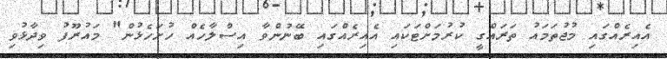
އެއިރެއްގައި މުޖުތަމައު ތަރައްގީ ކުރުމަށްޓަކައި އެއިރެއްގައި ބޭނުންވާ އިސްލާހެއް ހުށަހެޅުން" މައުރޫފު ވިދާޅުވި